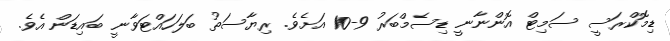
ޑިމޮކްރަސީ ސަމިޓް އޮންނާނީ ޑިސެމްބަރު 9-10 އަށެވެ. ރިޔާސަތު ބަލަހައްޓަވާނީ ބައިޑަން އެވެ.